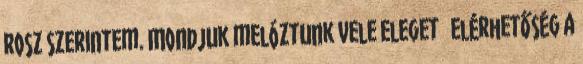
rosz szerintem. Mondjuk melóztunk vele eleget 🙂 Elérhetőség a